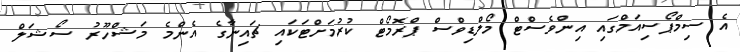
އެ ސިމްޕޯސިއަމްގައި އިންވެސްޓް މޯލްޑިވްސް ޕްރޮމޯޓް ކުރުމަށްޓަކައި ޗައިނާގެ އެންމެ މަޝްހޫރު ސޯޝަލް